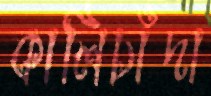
কালিচাঁদা